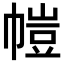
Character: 𫷋